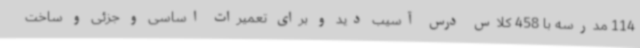
114 مدرسه با 458 کلاس درس آسیب دید و برای تعمیرات اساسی و جزئی و ساخت